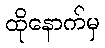
ထိုနောက်မှ